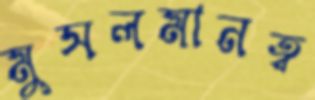
মুসলমানত্ব